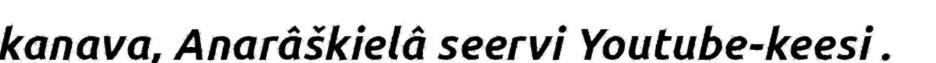
kanava, Anarâškielâ seervi Youtube-keesi .